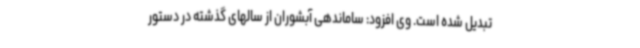
تبدیل شده است. وی افزود: ساماندهی آبشوران از سالهای گذشته در دستور